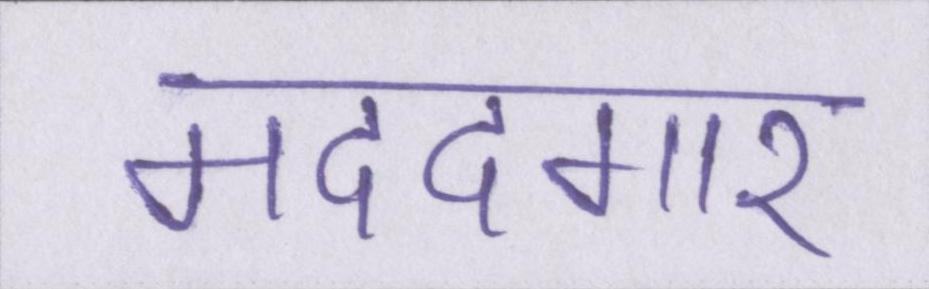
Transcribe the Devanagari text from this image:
मददगार